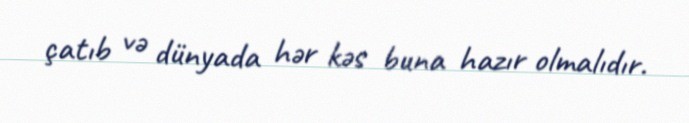
çatıb və dünyada hər kəs buna hazır olmalıdır.